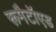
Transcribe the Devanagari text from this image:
रूमैटॉएड